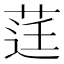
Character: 𮏙